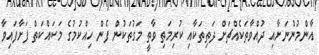
އާންމުންނަށާއި ދުއްވާތަކެއްޗަށް ދަތިތަކާއި ކުރިމަތި ވާތީ މަގުތަކުން ފެން ހިއްކުމުގެ މަސައްކަތް ފަށާފައިވާ